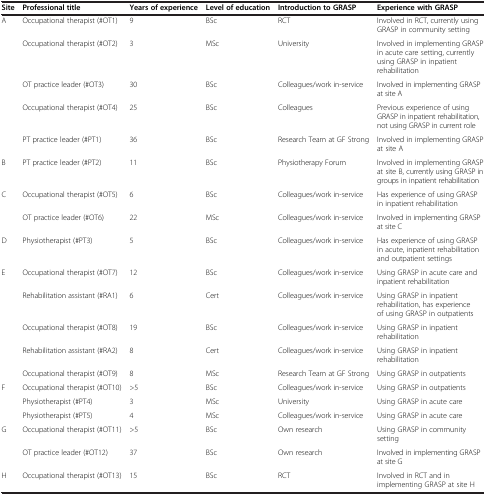
<table><thead><tr><td><b>Site</b></td><td><b>Professional title</b></td><td><b>Years of experience</b></td><td><b>Level of education</b></td><td><b>Introduction to GRASP</b></td><td><b>Experience with GRASP</b></td></tr></thead><tbody><tr><td rowspan="5">A</td><td>Occupational therapist (#OT1)</td><td>9</td><td>BSc</td><td>RCT</td><td>Involved in RCT, currently using GRASP in community setting</td></tr><tr><td>Occupational therapist (#OT2)</td><td>3</td><td>MSc</td><td>University</td><td>Involved in implementing GRASP in acute care setting, currently using GRASP in inpatient rehabilitation</td></tr><tr><td>OT practice leader (#OT3)</td><td>30</td><td>BSc</td><td>Colleagues/work in-service</td><td>Involved in implementing GRASP at site A</td></tr><tr><td>Occupational therapist (#OT4)</td><td>25</td><td>BSc</td><td>Colleagues</td><td>Previous experience of using GRASP in inpatient rehabilitation, not using GRASP in current role</td></tr><tr><td>PT practice leader (#PT1)</td><td>36</td><td>BSc</td><td>Research Team at GF Strong</td><td>Involved in implementing GRASP at site A</td></tr><tr><td>B</td><td>PT practice leader (#PT2)</td><td>11</td><td>BSc</td><td>Physiotherapy Forum</td><td>Involved in implementing GRASP at site B, currently using GRASP in groups in inpatient rehabilitation</td></tr><tr><td rowspan="2">C</td><td>Occupational therapist (#OT5)</td><td>6</td><td>BSc</td><td>Colleagues/work in-service</td><td>Has experience of using GRASP in inpatient rehabilitation</td></tr><tr><td>OT practice leader (#OT6)</td><td>22</td><td>MSc</td><td>Colleagues/work in-service</td><td>Involved in implementing GRASP at site C</td></tr><tr><td>D</td><td>Physiotherapist (#PT3)</td><td>5</td><td>BSc</td><td>Colleagues/work in-service</td><td>Has experience of using GRASP in acute, inpatient rehabilitation and outpatient settings</td></tr><tr><td rowspan="5">E</td><td>Occupational therapist (#OT7)</td><td>12</td><td>BSc</td><td>Colleagues/work in-service</td><td>Using GRASP in acute care and inpatient rehabilitation</td></tr><tr><td>Rehabilitation assistant (#RA1)</td><td>6</td><td>Cert</td><td>Colleagues/work in-service</td><td>Using GRASP in inpatient rehabilitation, has experience of using GRASP in outpatients</td></tr><tr><td>Occupational therapist (#OT8)</td><td>19</td><td>BSc</td><td>Colleagues/work in-service</td><td>Using GRASP in inpatient rehabilitation</td></tr><tr><td>Rehabilitation assistant (#RA2)</td><td>8</td><td>Cert</td><td>Colleagues/work in-service</td><td>Using GRASP in inpatient rehabilitation</td></tr><tr><td>Occupational therapist (#OT9)</td><td>8</td><td>MSc</td><td>Research Team at GF Strong</td><td>Using GRASP in outpatients</td></tr><tr><td rowspan="3">F</td><td>Occupational therapist (#OT10)</td><td>&gt;5</td><td>BSc</td><td>Colleagues/work in-service</td><td>Using GRASP in outpatients</td></tr><tr><td>Physiotherapist (#PT4)</td><td>3</td><td>MSc</td><td>University</td><td>Using GRASP in acute care</td></tr><tr><td>Physiotherapist (#PT5)</td><td>4</td><td>MSc</td><td>Colleagues/work in-service</td><td>Using GRASP in acute care</td></tr><tr><td rowspan="2">G</td><td>Occupational therapist (#OT11)</td><td>&gt;5</td><td>BSc</td><td>Own research</td><td>Using GRASP in community setting</td></tr><tr><td>OT practice leader (#OT12)</td><td>37</td><td>BSc</td><td>Own research</td><td>Involved in implementing GRASP at site G</td></tr><tr><td>H</td><td>Occupational therapist (#OT13)</td><td>15</td><td>BSc</td><td>RCT</td><td>Involved in RCT and in implementing GRASP at site H</td></tr></tbody></table>